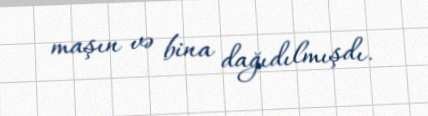
maşın və bina dağıdılmışdı.